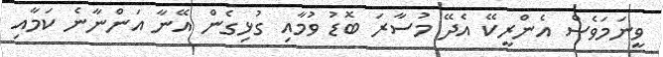
ވީނަމަވެސް އެންރީކޭ އެދޭ މުސާރަ ބޮޑު ވުމާއި ގުޅިގެން އޭނާ އަންނާނެ ކަމާއި